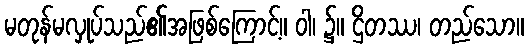
မတုန်မလှုပ်သည်၏အဖြစ်ကြောင့်။ ဝါ၊ ၌။ ဌိတဿ၊ တည်သော။